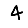
Digit: 4